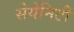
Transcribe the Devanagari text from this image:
सेयेनिटी